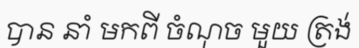
បាន នាំ មកពី ចំណុច មួយ ត្រង់